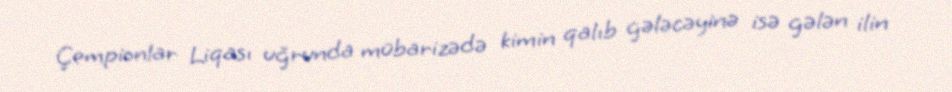
Çempionlar Liqası uğrunda mübarizədə kimin qalıb gələcəyinə isə gələn ilin